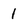
Character: 1